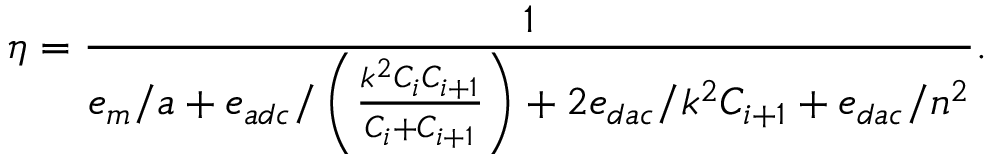
\eta = \frac { 1 } { e _ { m } / a + e _ { a d c } / \left( \frac { k ^ { 2 } C _ { i } C _ { i + 1 } } { C _ { i } + C _ { i + 1 } } \right) + 2 e _ { d a c } / k ^ { 2 } C _ { i + 1 } + e _ { d a c } / n ^ { 2 } } .